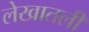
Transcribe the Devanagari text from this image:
लेखातली